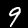
Digit: 9